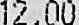
12.00